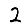
Digit: 2